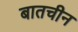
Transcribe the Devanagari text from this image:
बातचीन